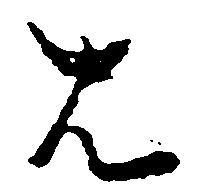
は